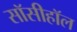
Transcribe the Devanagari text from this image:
सॉसीहॉल